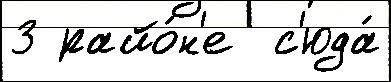
3 райо́н'е  с'юда́